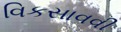
વિકસાવવી